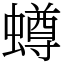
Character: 𧒆